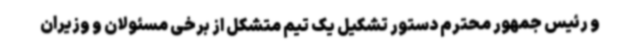
و رئیس جمهور محترم دستور تشکیل یک تیم متشکل از برخی مسئولان و وزیران